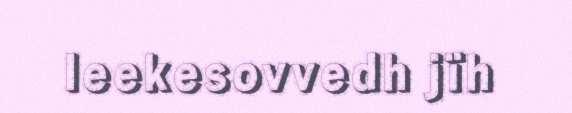
leekesovvedh jïh